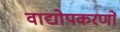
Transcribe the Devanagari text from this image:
वाद्योपकरणों